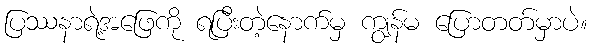
ပြဿနာရဲ့အဖြေကို ရပြီးတဲ့နောက်မှ ကျွန်မ ပြောတတ်မှာပဲ။